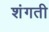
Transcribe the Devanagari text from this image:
शंगती